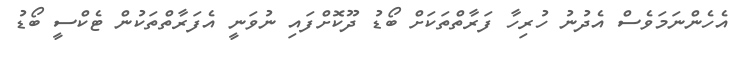
އެހެންނަމަވެސް އެދުނު ހުރިހާ ފަރާތްތަކަށް ބޯޑު ދޫކޮށްފައި ނުވަނީ އެފަރާތްތަކުން ޓެކްސީ ބޯޑު